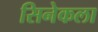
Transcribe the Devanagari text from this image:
सिनेकला